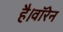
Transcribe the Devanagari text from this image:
है।वॉरेन